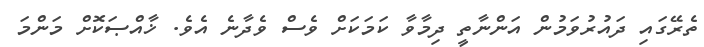
ތެރޭގައި ދައުރުވަމުން އަންނާތީ ދިމާވާ ކަމަކަށް ވެސް ވެދާނެ އެވެ. ޚާއްޞަކޮށް މަންމަ